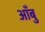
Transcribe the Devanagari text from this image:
आँबु